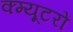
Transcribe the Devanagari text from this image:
क्म्यूटरों